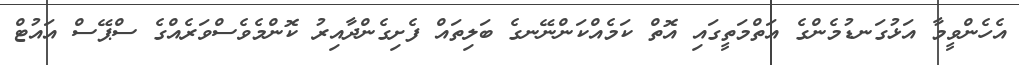
އެހެންވީމާ އަޅުގަނޑުމެންގެ އަތްމަތީގައި އޮތް ކަމެއްކަންނޭނގެ ބަލިތައް ފެށިގެންދާއިރު ކޮންމެވެސްވަރެއްގެ ސްޕޭސް އައުޓް